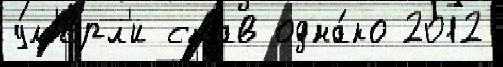
у́м'ерл'и став одна́ко 2012